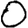
Digit: 0